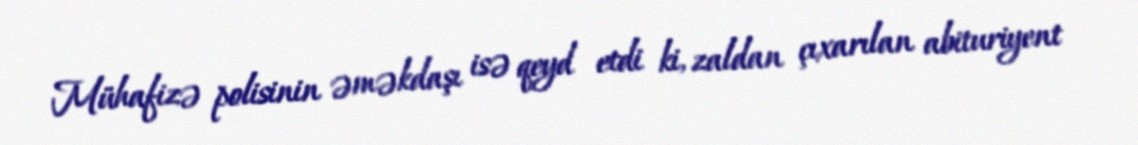
Mühafizə polisinin əməkdaşı isə qeyd etdi ki, zaldan çıxarılan abituriyent